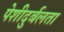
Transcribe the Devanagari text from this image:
पेशीदुर्बलता